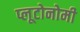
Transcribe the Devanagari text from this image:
प्लूटोनोमी